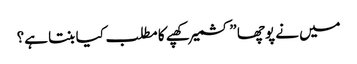
میں نے پوچھا ”کشمیر کھپے کا مطلب کیا بنتا ہے؟